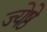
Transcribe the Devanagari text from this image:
ज्येष्ठे